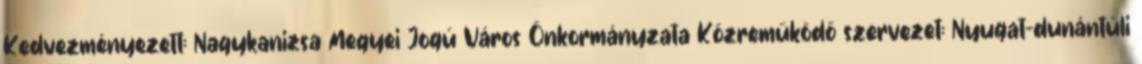
Kedvezményezett: Nagykanizsa Megyei Jogú Város Önkormányzata Közreműködő szervezet: Nyugat-dunántúli